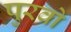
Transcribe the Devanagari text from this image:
पुरवो